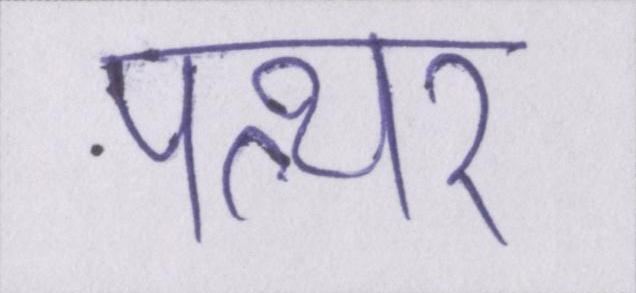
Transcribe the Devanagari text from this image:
पत्थर